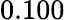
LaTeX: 0.100